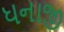
ધનાજી